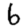
Digit: 6